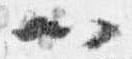
以